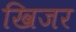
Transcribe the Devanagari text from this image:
खिजर